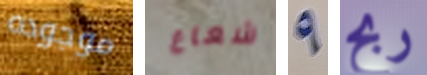
موجوده شعاع 9 ربح